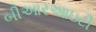
બીઆરઆઇટી